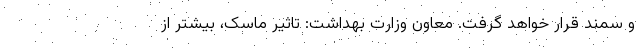
و سمند قرار خواهد گرفت. معاون‌ وزارت بهداشت: تاثیر ماسک، بیشتر از